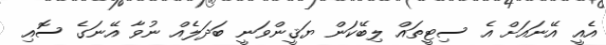
އެއީ އޭނައަށް އެ ސިޓީތައް ލިބޭކަން ޔަޤީންވަނީ ބަދަލެއް ނުވާ އޭނަގެ ސޮއި